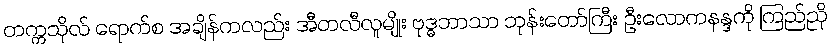
တက္ကသိုလ် ရောက်စ အချိန်ကလည်း အီတလီလူမျိုး ဗုဒ္ဓဘာသာ ဘုန်းတော်ကြီး ဦးလောကနန္ဒကို ကြည်ညို